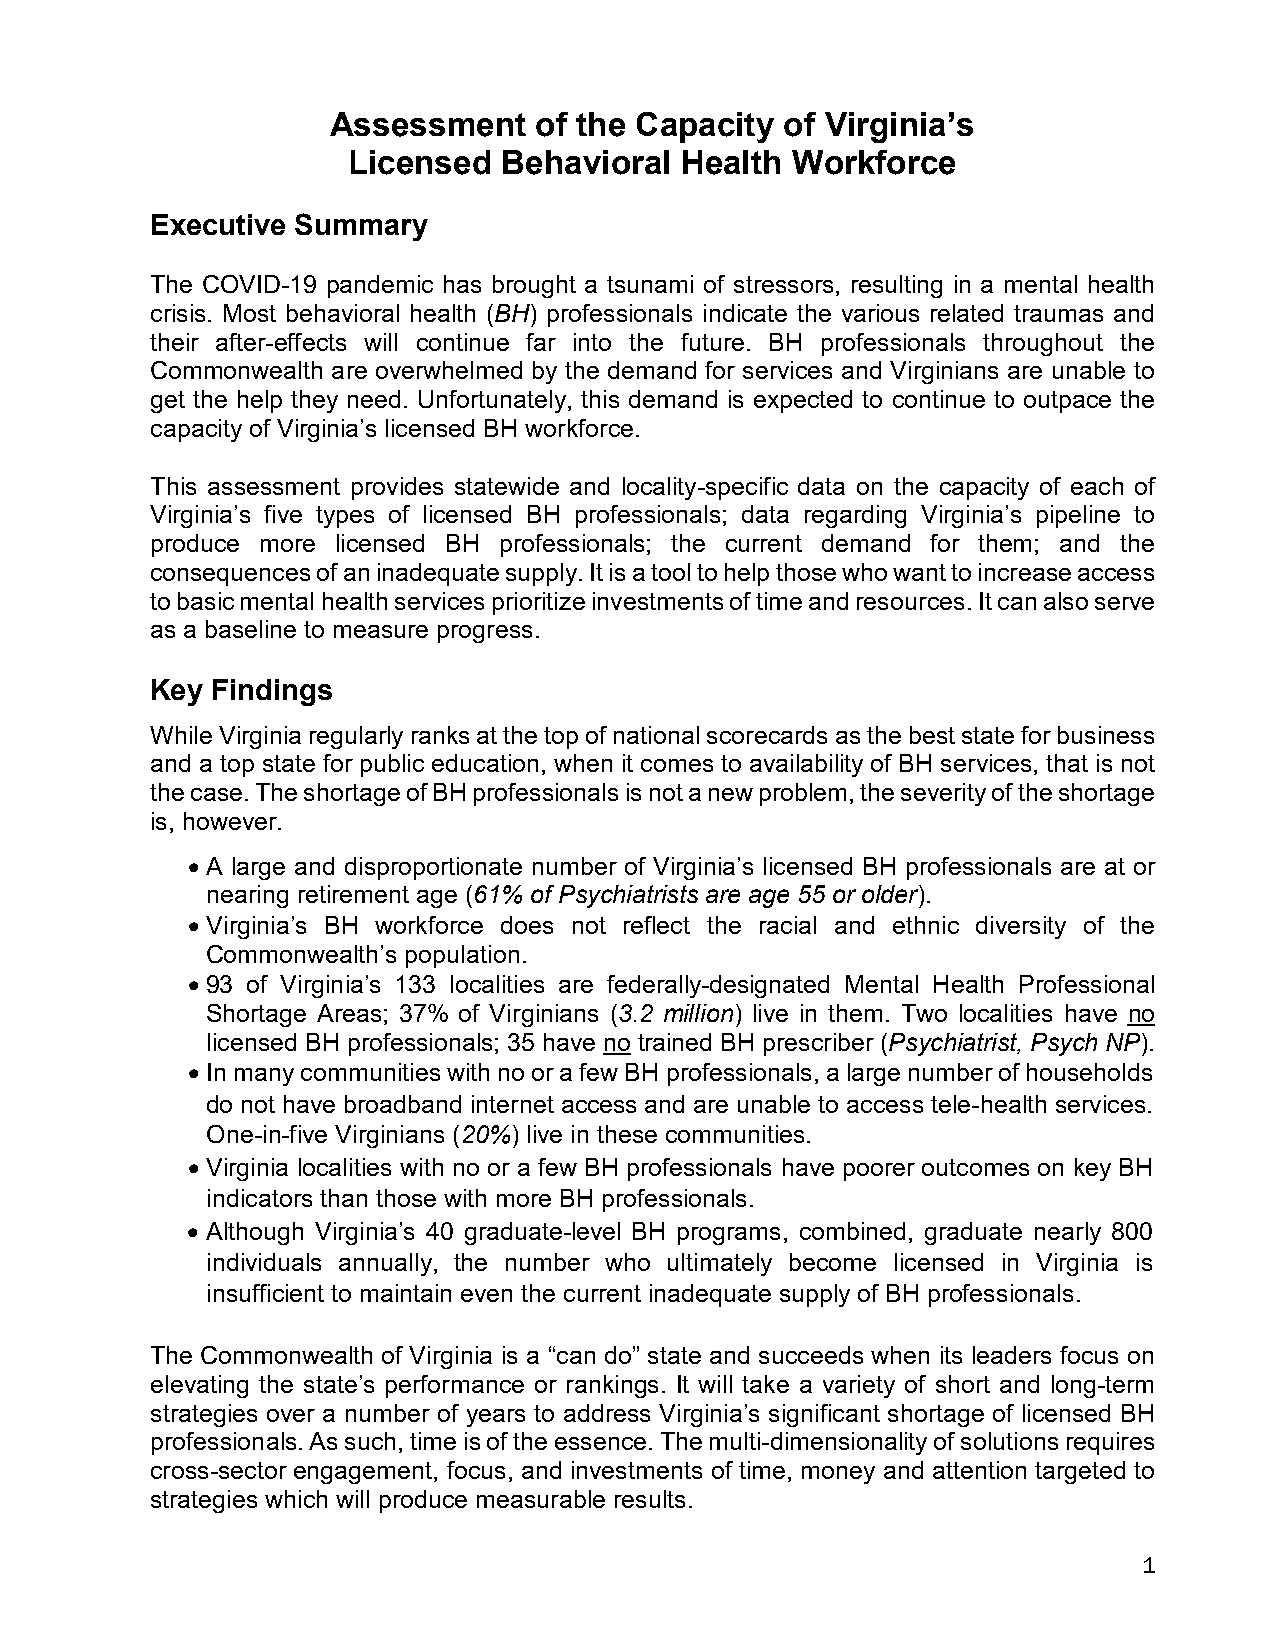
Assessment   of the Capacity  of Virginia’s
 Licensed  Behavioral  Health Workforce
 Executive Summary
 The COVID-19 pandemic has brought a tsunami of stressors, resulting in a mental health
 crisis. Most behavioral health (BH) professionals indicate the various related traumas and
 their after-effects will continue far into the future. BH professionals throughout the
 Commonwealth are overwhelmed by the demand for services and Virginians are unable to
 get the help they need. Unfortunately, this demand is expected to continue to outpace the
 capacity of Virginia’s licensed BH workforce.
 This assessment provides statewide and locality-specific data on the capacity of each of
 Virginia’s five types of licensed BH professionals; data regarding Virginia’s pipeline to
 produce more licensed BH professionals; the current demand for them; and the
 consequences of an inadequate supply. It is a tool to help those who want to increase access
 to basic mental health services prioritize investments of time and resources. It can also serve
 as a baseline to measure progress.
 Key Findings
 While Virginia regularly ranks at the top of national scorecards as the best state for business
 and a top state for public education, when it comes to availability of BH services, that is not
 the case. The shortage of BH professionals is not a new problem, the severity of the shortage
 is, however.
 • A large and disproportionate number of Virginia’s licensed BH professionals are at or
 nearing retirement age (61% of Psychiatrists are age 55 or older).
 • Virginia’s BH workforce does not reflect the racial and ethnic diversity of the
 Commonwealth’s population.
 • 93 of Virginia’s 133 localities are federally-designated Mental Health Professional
 Shortage Areas; 37% of Virginians (3.2 million) live in them. Two localities have no
 licensed BH professionals; 35 have no trained BH prescriber (Psychiatrist, Psych NP).
 • In many communities with no or a few BH professionals, a large number of households
 do not have broadband internet access and are unable to access tele-health services.
 One-in-five Virginians (20%) live in these communities.
 • Virginia localities with no or a few BH professionals have poorer outcomes on key BH
 indicators than those with more BH professionals.
 • Although Virginia’s 40 graduate-level BH programs, combined, graduate nearly 800
 individuals annually, the number who ultimately become licensed in Virginia is
 insufficient to maintain even the current inadequate supply of BH professionals.
 The Commonwealth of Virginia is a “can do” state and succeeds when its leaders focus on
 elevating the state’s performance or rankings. It will take a variety of short and long-term
 strategies over a number of years to address Virginia’s significant shortage of licensed BH
 professionals. As such, time is of the essence. The multi-dimensionality of solutions requires
 cross-sector engagement, focus, and investments of time, money and attention targeted to
 strategies which will produce measurable results.
 1